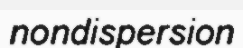
nondispersion